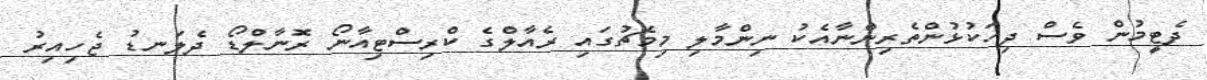
ދެޓީމުން ވެސް ދިހަކުޅުންތެރިންނާއެކު ނިންމާލި މިމެޗުގައި ރެއާލްގެ ކްރިސްޓިއާނޯ ރޮނާލްޑޯ ދެލަނޑު ޖެހިއިރު